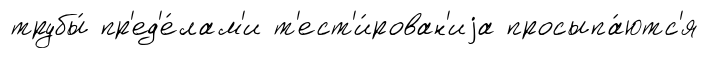
трубы́ пр'ед'е́лам'и т'ест'и́рован'иjа просыпа́ютс'я